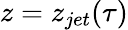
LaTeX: z=z_{jet}(\tau)